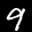
Label: 9